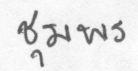
ชุมพร